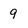
Character: 9